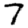
Digit: 7